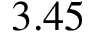
3 . 4 5